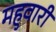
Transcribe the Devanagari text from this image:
महुवारी